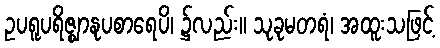
ဥပရူပရိဇ္ဈာနုပစာရေပိ၊ ၌လည်း။ သုခုမတရံ၊ အထူးသဖြင့်